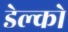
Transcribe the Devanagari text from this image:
डेल्को